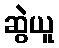
ဆွဲယူ